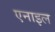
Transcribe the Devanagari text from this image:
एनाइल